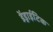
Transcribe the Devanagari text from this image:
डेंड्राईटिक